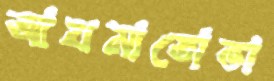
আখমাতোভা